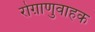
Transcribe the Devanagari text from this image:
रोग़ाणुवाहक